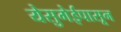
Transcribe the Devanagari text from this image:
येसुगेईपासून